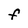
Character: F